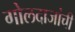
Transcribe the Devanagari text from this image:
गोलदाजांची